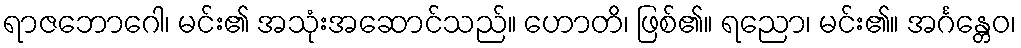
ရာဇဘောဂေါ၊ မင်း၏ အသုံးအဆောင်သည်။ ဟောတိ၊ ဖြစ်၏။ ရညော၊ မင်း၏။ အင်္ဂန္တေဝ၊